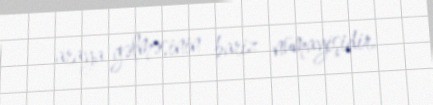
araya gəlməsinin bariz nümayişidir.